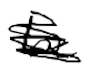
Text: be
Cross-out: scratch
Writing tool: digital_black